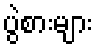
ပွဲစားများ